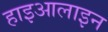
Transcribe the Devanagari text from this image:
हाइआलाइन